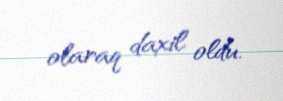
olaraq daxil oldu.